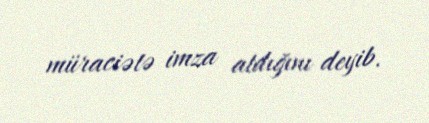
müraciətə imza atdığını deyib.